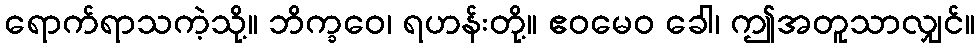
ရောက်ရာသကဲ့သို့။ ဘိက္ခဝေ၊ ရဟန်းတို့။ ဧဝမေဝ ခေါ၊ ဤအတူသာလျှင်။